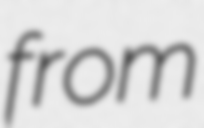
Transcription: from